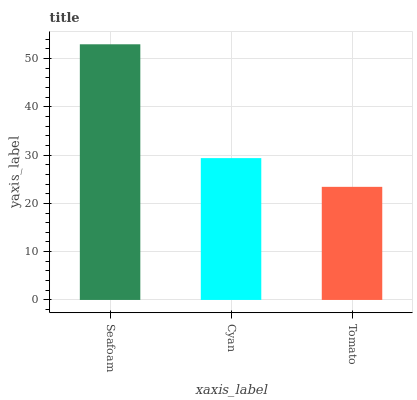
| xaxis_label | bars |
 | --- | --- |
 | Seafoam | 52.9 |
 | Cyan | 29.4 |
 | Tomato | 23.4 |